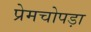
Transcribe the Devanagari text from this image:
प्रेमचोपड़ा